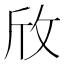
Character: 𪯱